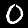
Label: 0